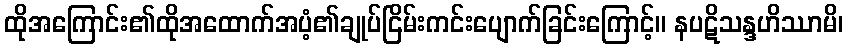
ထိုအကြောင်း၏ထိုအထောက်အပံ့၏ချုပ်ငြိမ်းကင်းပျောက်ခြင်းကြောင့်။ နပဋိသန္ဒဟိဿာမိ၊